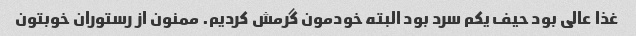
غذا عالی بود حیف یکم سرد بود البته خودمون گرمش کردیم. ممنون از رستوران خوبتون